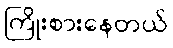
ကြိုးစားနေတယ်